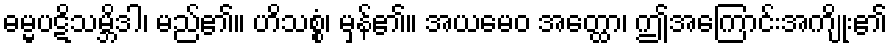
ဓမ္မပဋိသမ္ဘိဒါ၊ မည်၏။ ဟိသစ္စံ၊ မှန်၏။ အယမေဝ အတ္ထော၊ ဤအကြောင်းအကျိုး၏